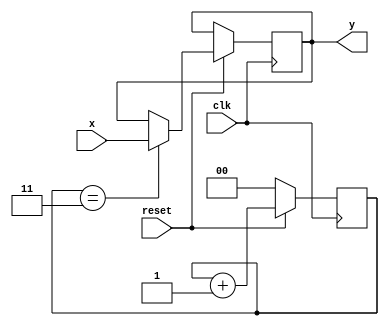
`timescale 1ns / 1ps
//////////////////////////////////////////////////////////////////////////////////
// Company: 
// Engineer: 
// 
// Design Name: 
// Module Name:    decimate_4 
// Project Name: 
// Target Devices: 
// Tool versions: 
// Description: 
//
// Dependencies: 
//
// Revision: 
// Revision 0.01 - File Created
// Additional Comments: 
//
//////////////////////////////////////////////////////////////////////////////////
module decimate_4(clk, reset, x, y);
input clk;
input reset;
input [7:0] x;
output [7:0] y;

reg [1:0] cnt;
reg [7:0] y;

always @(posedge clk) begin
  if(!reset) 
    cnt <= 0;
  else begin
    cnt <= cnt + 1;
	 if(cnt == 2'b11)
	    y <= x;
	 else
	    y <= y;
  end
end 

endmodule